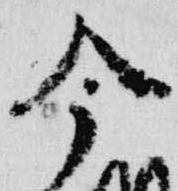
今